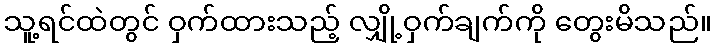
သူ့ရင်ထဲတွင် ဝှက်ထားသည့် လျှို့ဝှက်ချက်ကို တွေးမိသည်။